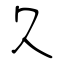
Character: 久